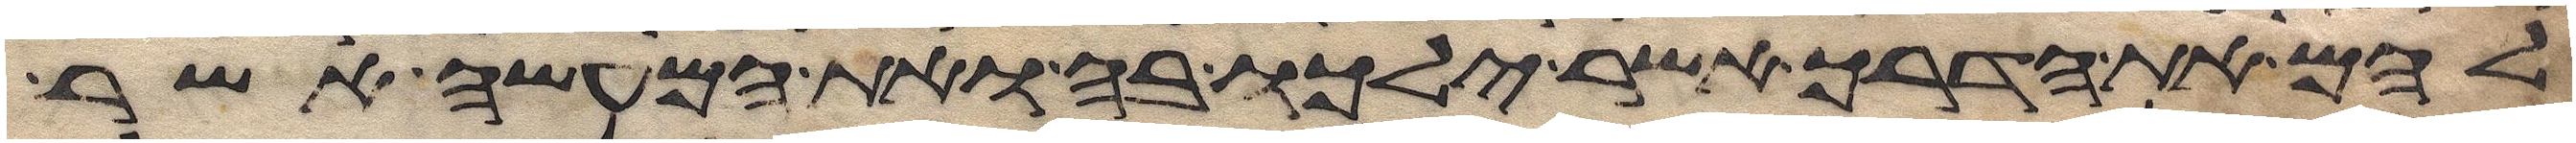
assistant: להם את הדרך אשר ילכו בה ואת המעשה אשר